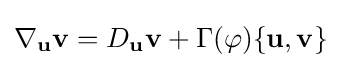
\nabla _{\mathbf {u} }{\mathbf {v} }=D_{\mathbf {u} }{\mathbf {v} }+\Gamma (\varphi )\{{\mathbf {u} },{\mathbf {v} }\}